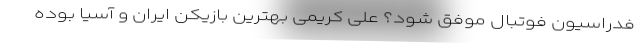
فدراسیون فوتبال موفق شود؟ علی کریمی بهترین بازیکن ایران و آسیا بوده